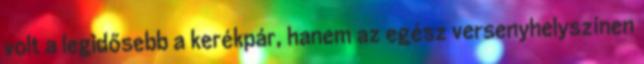
volt a legidősebb a kerékpár, hanem az egész versenyhelyszínen